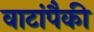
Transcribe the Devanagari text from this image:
वाटांपैकी